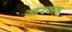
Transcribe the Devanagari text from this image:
खरसड